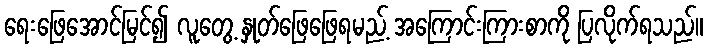
ရေးဖြေအောင်မြင်၍ လူတွေ့ နှုတ်ဖြေဖြေရမည့် အကြောင်းကြားစာကို ပြလိုက်ရသည်။